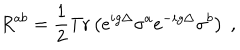
R ^ { a b } = \frac { 1 } { 2 } \mathrm { T r } \left( e ^ { i g \Delta } \sigma ^ { a } e ^ { - i g \Delta } \sigma ^ { b } \right) \ ,